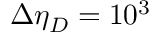
\Delta \eta _ { D } = 1 0 ^ { 3 }